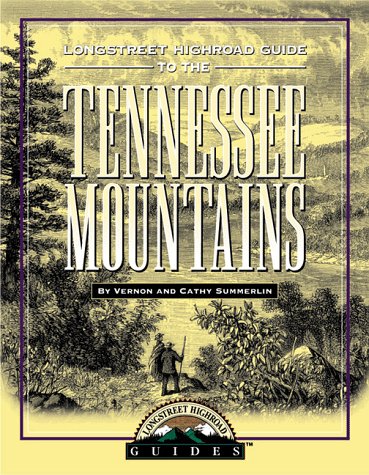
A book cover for Longstreet Highroad Guide to the Tennessee Mountains (Longstreet Highroad Guides); Vernon Summerlin; Travel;